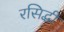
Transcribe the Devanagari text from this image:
रसिद्धी